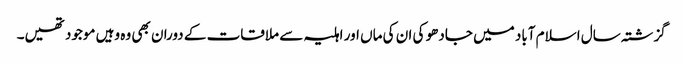
گزشتہ سال اسلام آباد میں جادھو کی ان کی ماں اور اہلیہ سے ملاقات کے دوران بھی وہ وہیں موجود تھیں۔